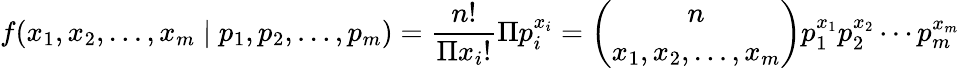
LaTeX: f(x_{1},x_{2},\ldots,x_{m}\mid p_{1},p_{2},\ldots,p_{m})={\frac{n!}{\Pi x_{i}!}}\Pi p_{i}^{x_{i}}={\binom{n}{x_{1},x_{2},\ldots,x_{m}}}p_{1}^{x_{1}}p_{2}^{x_{2}}\cdots p_{m}^{x_{m}}